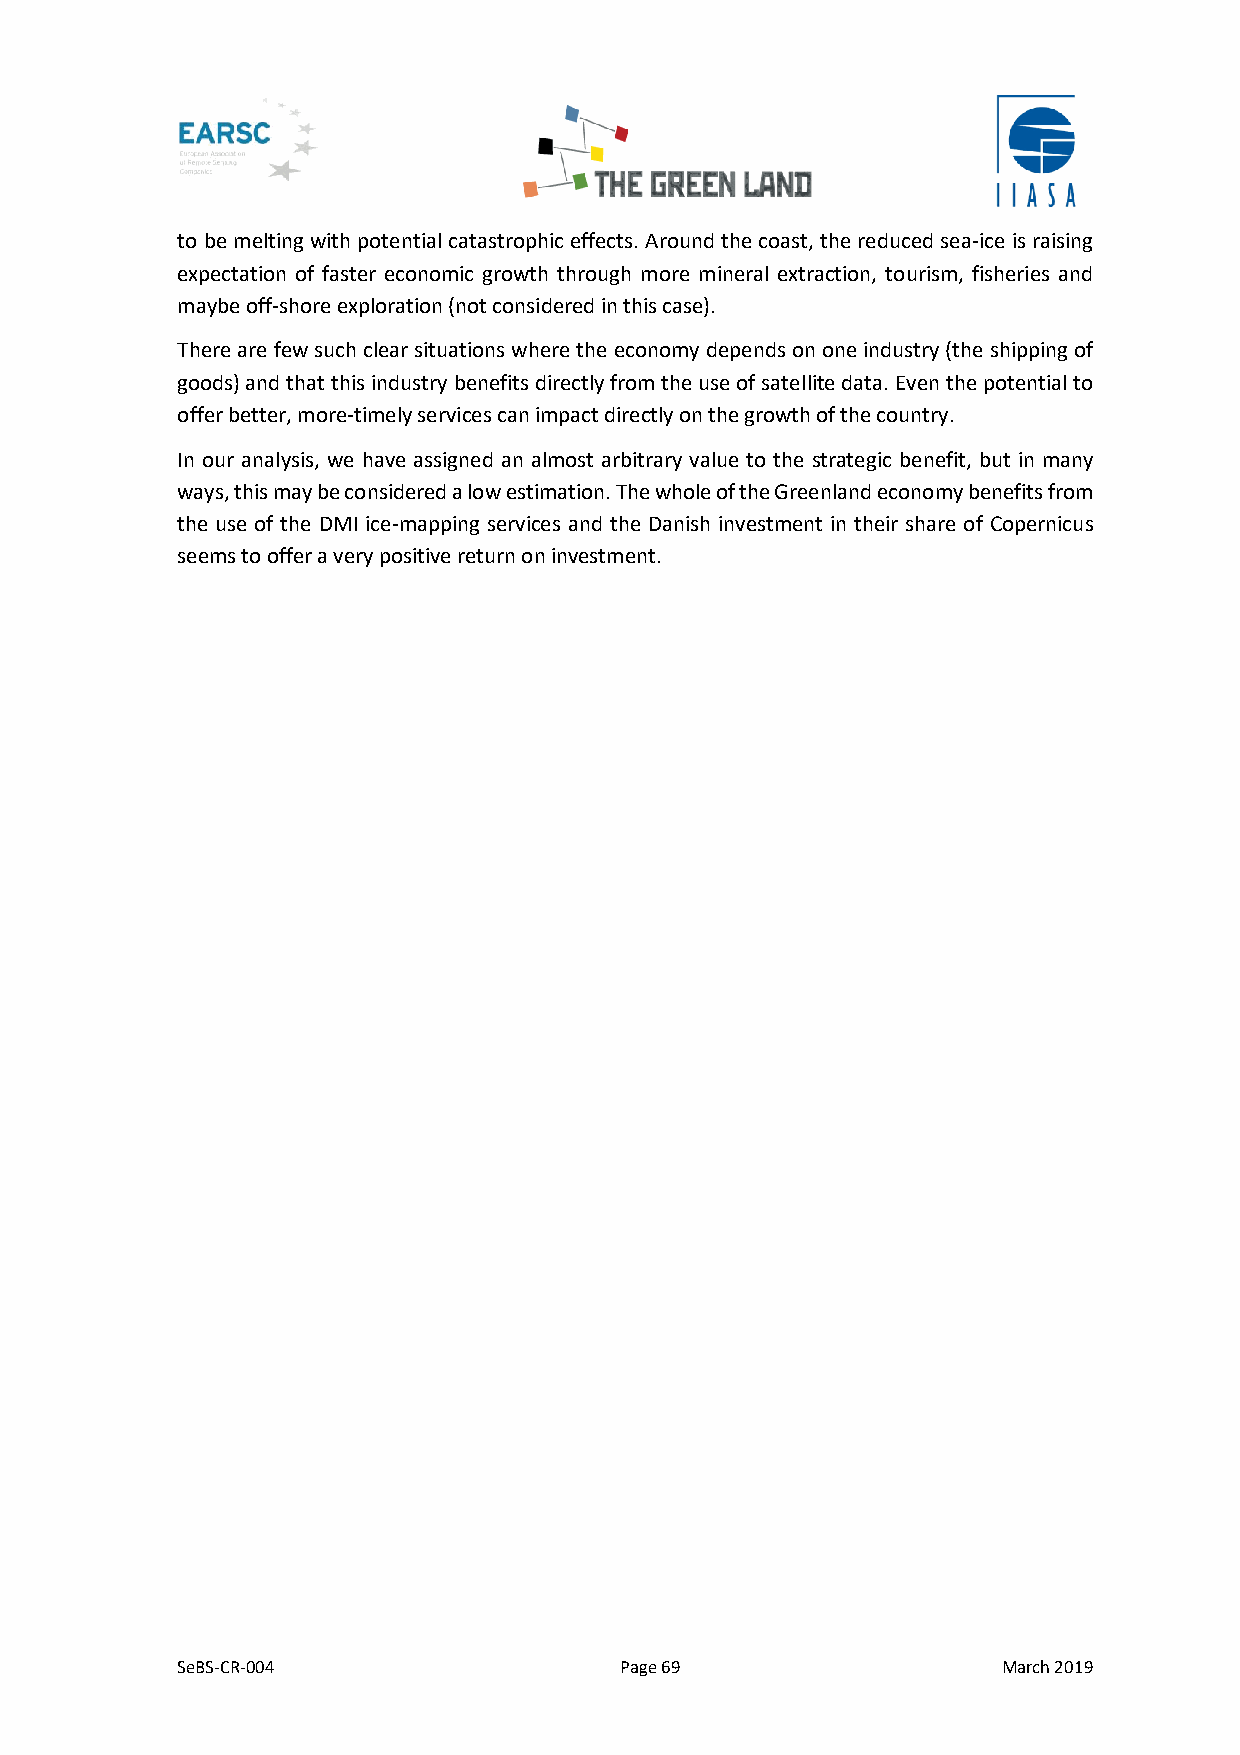
to be melting with potential catastrophic effects. Around the coast, the reduced sea-ice is raising
 expectation of faster economic growth through more mineral extraction, tourism, fisheries and
 maybe off-shore exploration (not considered in this case).
 There are few such clear situations where the economy depends on one industry (the shipping of
 goods) and that this industry benefits directly from the use of satellite data. Even the potential to
 offer better, more-timely services can impact directly on the growth of the country.
 In our analysis, we have assigned an almost arbitrary value to the strategic benefit, but in many
 ways, this may be considered a low estimation. The whole of the Greenland economy benefits from
 the use of the DMI ice-mapping services and the Danish investment in their share of Copernicus
 seems to offer a very positive return on investment.
 SeBS-CR-004                  Page 69                  March 2019